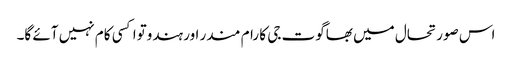
اس صورتحال میں بھاگوت جی کا رام مندر اور ہندوتوا کسی کام نہیں آئے گا۔